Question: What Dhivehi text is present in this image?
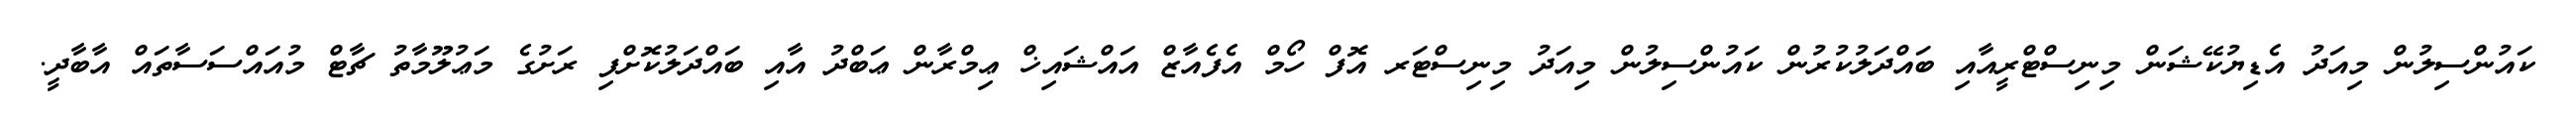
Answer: ކައުންސިލުން މިއަދު އެޑިޔުކޭޝަން މިނިސްޓްރީއާއި ބައްދަލުކުރުން ކައުންސިލުން މިއަދު މިނިސްޓަރ އޮފް ހޯމް އެފެއާޒް އައްޝައިޚް ޢިމްރާން ޢަބްދު އާއި ބައްދަލުކޮށްފި ރަށުގެ މަޢުލޫމާތު ޗާޓް މުއައްސަސާތައް އާބާދީ.